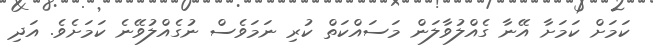
ކަމަށް ކަމަށާ އޭނާ ގެއްލުވާލަން މަސައްކަތް ކުރި ނަމަވެސް ނުގެއްލުވޭނެ ކަމަށެވެ. އަދި